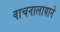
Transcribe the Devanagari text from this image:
वाचनालायाने